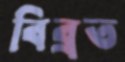
বিব্রত